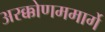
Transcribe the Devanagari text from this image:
अरक्कोणममार्गे